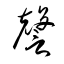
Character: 謦